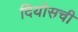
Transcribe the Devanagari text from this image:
दियोसची